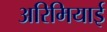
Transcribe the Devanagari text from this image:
अरिमियाई